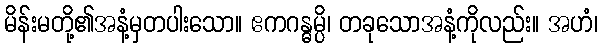
မိန်းမတို့၏အနံ့မှတပါးသော။ ဧကဂန္ဓမ္ပိ၊ တခုသောအနံ့ကိုလည်း။ အဟံ၊